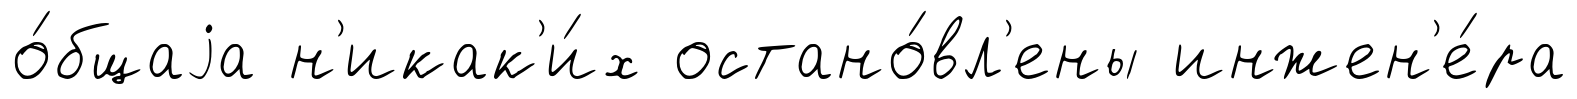
о́бщаjа н'икак'и́х остано́вл'ены инжен'е́ра